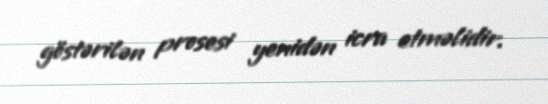
göstərilən prosesi yenidən icra etməlidir.